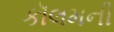
કૉલમની